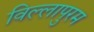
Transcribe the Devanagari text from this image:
विल्लापुरम